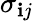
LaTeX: \sigma_{\mathbf{i}j}